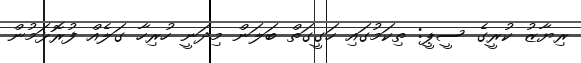
ރިޔާޒު ކުރީގެ ސީޕީ: ތިކަމުގައި ހަގީގަތް ބަލަން މިދަނީ ހުރިހާ ގަލެއް ފުރޮޅަމުން